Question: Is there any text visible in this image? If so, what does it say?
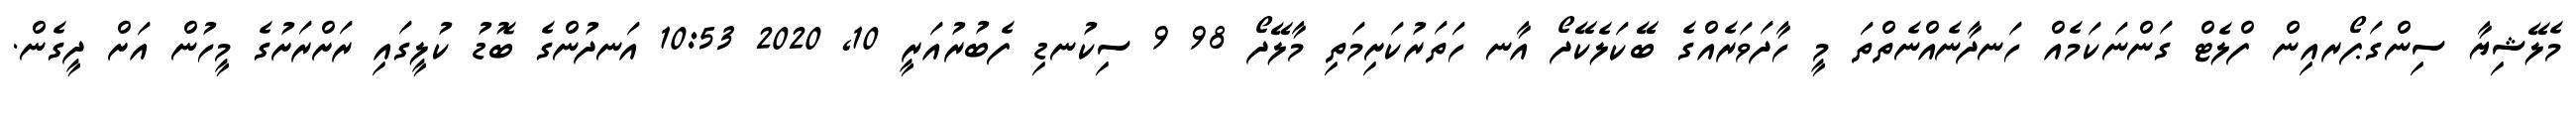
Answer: މެލޭޝިޔާ ސިންގަޕޯރއިން ފްލެޓް ގަންނަކަމެއް ހަނދާނެއްނެތްތަ މީ ހާދަވަރެއްގެ ބޭކަލެކޭދޯ އާނ ހަތަރުކަށިމަތި މާލޭދޯ 98 9 ސިކުނޑި ފެބުރުއަރީ 10, 2020 10:53 އަނދުންގެ ބޮޑު ކުލީގައި ރަށްރަށުގެ މީހުން އަށް ދީގެން.